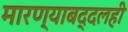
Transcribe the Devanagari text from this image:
मारण्याबद्दलही